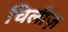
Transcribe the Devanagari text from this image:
चिलीज़